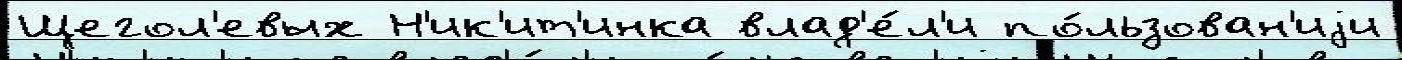
Щегол'евых Н'ик'ит'инка влад'е́л'и по́льзован'иjи